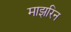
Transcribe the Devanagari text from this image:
माझरिन